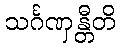
သင်္ဂဏှန္တီတိ